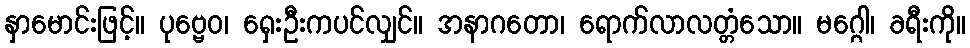
နှာမောင်းဖြင့်။ ပုဗ္ဗေဝ၊ ရှေးဦးကပင်လျှင်။ အနာဂတော၊ ရောက်လာလတ္တံသော။ မဂ္ဂေါ၊ ခရီးကို။